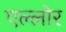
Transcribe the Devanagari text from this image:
एल्लोर